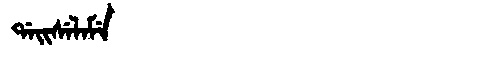
Manchu: ᡩᠠᡳᠰᡝᠯᠠᠮᡝ
Romanization: DAISELAME